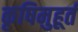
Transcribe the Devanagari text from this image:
कृषिमुहूर्त